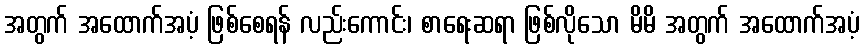
အတွက် အထောက်အပံ့ ဖြစ်စေရန် လည်းကောင်း၊ စာရေးဆရာ ဖြစ်လိုသော မိမိ အတွက် အထောက်အပံ့